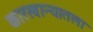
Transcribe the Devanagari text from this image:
कारखान्यातला